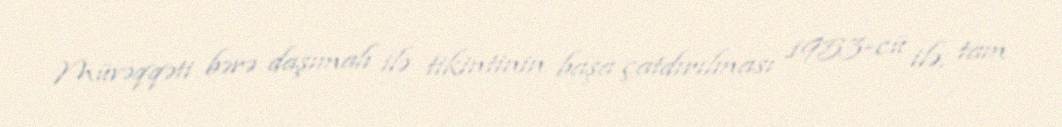
Müvəqqəti bərə daşımalı ilə tikintinin başa çatdırılması 1953-cü ilə, tam